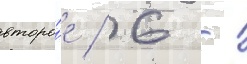
второ́е / 6 -